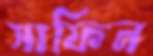
সাফিন